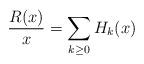
LaTeX: \begin{align*}\frac{R(x)}{x}=\sum_{k\ge0} H_k(x)\end{align*}